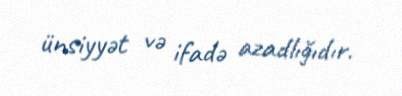
ünsiyyət və ifadə azadlığıdır.